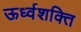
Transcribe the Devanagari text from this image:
ऊर्ध्वशक्ति